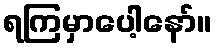
ရကြမှာပေါ့နော်။